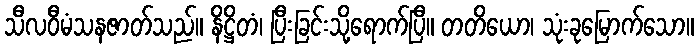
သီလဝီမံသနဇာတ်သည်။ နိဋ္ဌိတံ၊ ပြီးခြင်းသို့ရောက်ပြီ။ တတိယော၊ သုံးခုမြောက်သော။